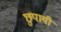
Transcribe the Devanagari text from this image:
छुपायी